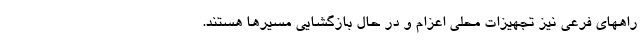
راههای فرعی نیز تجهیزات محلی اعزام و در حال بازگشایی مسیرها هستند.